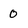
Character: 0